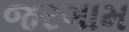
જરગામ